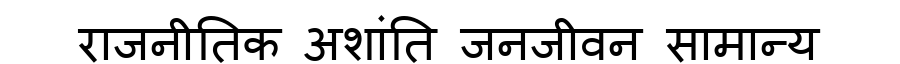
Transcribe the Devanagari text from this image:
राजनीतिक अशांति जनजीवन सामान्य